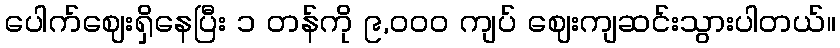
ပေါက်ဈေးရှိနေပြီး ၁ တန်ကို ၉,၀၀၀ ကျပ် ဈေးကျဆင်းသွားပါတယ်။